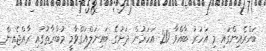
ބަހްރެއިންގައި މި އަހަރު ބާއްވާ 20 އަހަރުން ދަށުގެ ބައިނަލްއަގްވާމީ މުބާރާތުގައި ރާއްޖެއިން